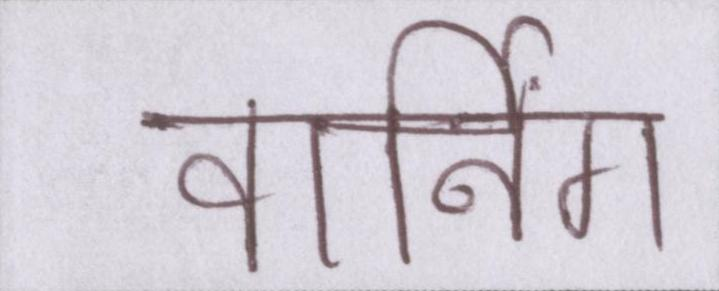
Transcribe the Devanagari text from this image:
वार्निंग